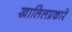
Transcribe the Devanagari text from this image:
खालिलप्रकारे